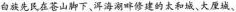
白族先民在苍山脚下、洱海湖畔修建的太和城、大座城、